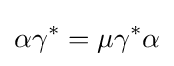
\alpha \gamma ^{*}=\mu \gamma ^{*}\alpha